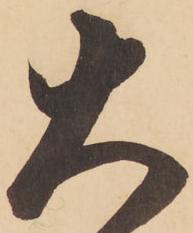
大